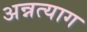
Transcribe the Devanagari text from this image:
अन्नत्याग